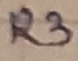
Text: R3